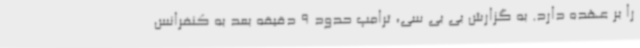
را بر عهده دارد. به گزارش بی بی سی، ترامپ حدود 9 دقیقه بعد به کنفرانس